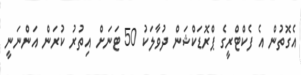
އެގޮތުން އެ ފެކްޓްރީގެ ޕްރޮޑަކްޝަން ދުވާލަކު 50 ޓަނަށް އިތުރު ކުރަން އަންނަނީ